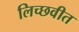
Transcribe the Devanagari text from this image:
लिच्छवीत